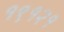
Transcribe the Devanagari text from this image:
१९१२१